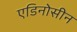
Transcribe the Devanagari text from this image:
एडिनोसीन